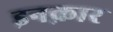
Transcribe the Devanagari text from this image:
इनक़ार